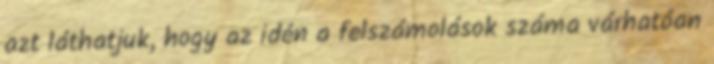
azt láthatjuk, hogy az idén a felszámolások száma várhatóan